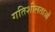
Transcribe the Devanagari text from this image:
गतिशीलताओं